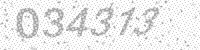
Solution: 034313